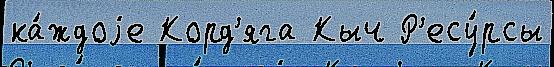
ка́ждоjе Корд'яга Кыч Р'есу́рсы